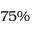
7 5 \%